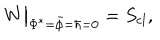
LaTeX: W \big | _ { \Phi ^ { * } = \bar { \phi } = \hbar = 0 } = S _ { \mathrm { c l } } ,